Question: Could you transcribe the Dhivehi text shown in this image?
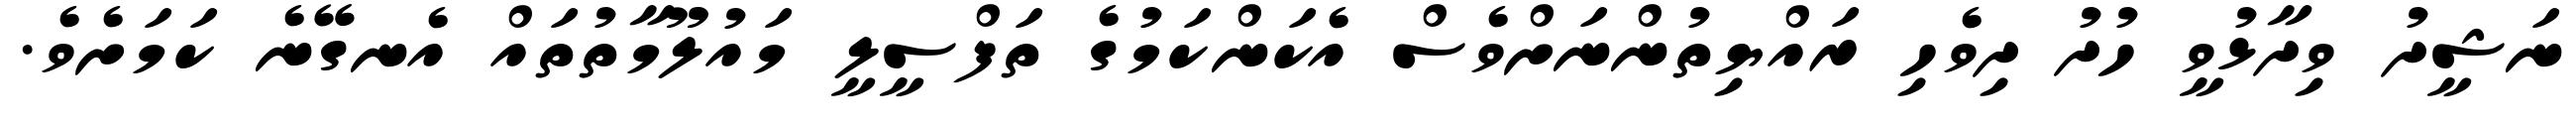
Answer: ނަޝީދު ވިދާޅުވީ ހުދު ދިވެހި ރައްޔިތުންނަށްވެސް އެކަންކަމުގެ ތަފްސީލީ މައުލޫމާތުތައް އެނގޭނެ ކަމަށެވެ.